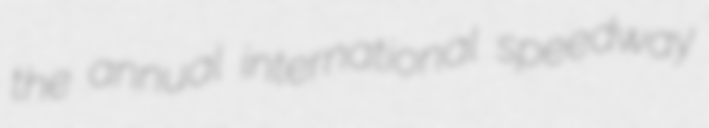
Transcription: the annual international speedway